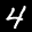
Label: 4